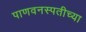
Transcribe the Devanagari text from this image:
पाणवनस्पतीच्या